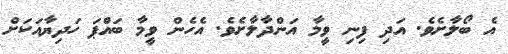
އެ ބޯލާށެވެ. އަދި ފިނި ވީމާ އަންދާލާށެވެ. އެހެން ވީމާ ބައްޕަ ހަދިޔާއަކަށް